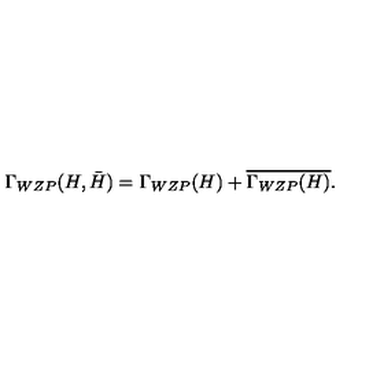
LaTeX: \Gamma _ { W Z P } ( H , \bar { H } ) = \Gamma _ { W Z P } ( H ) + \overline { { \Gamma _ { W Z P } ( H ) } } .